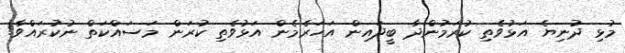
މުޅި ދުނިޔެ އަޅުވެތި ކުރަމުންދާ ބީދައިން އަހަރެމެން އަޅުވެތި ކުރަން މަސައްކަތް ނުކުރައްވާ!